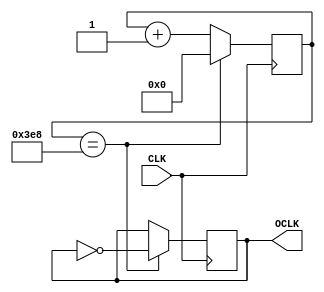
module freq (CLK,OCLK);
   input CLK;
   output OCLK;
   reg OCLK;
   reg [12:0]cnt;
   
   initial
	   begin
      cnt<=0;
		OCLK <= 0;
		end
	 
   always @ (posedge CLK)
      begin
	      cnt <= cnt + 1;
         if (cnt == 1000)
	         begin
		      OCLK <= ~OCLK;
		      cnt <= 0;
		      end
		end

endmodule